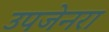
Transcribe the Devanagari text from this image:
उपजेनरा